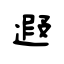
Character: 遐